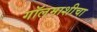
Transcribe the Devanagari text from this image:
गॉलमाशीचा